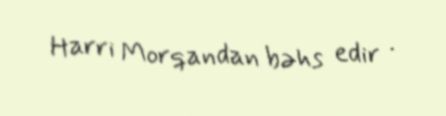
Harri Morqandan bəhs edir .